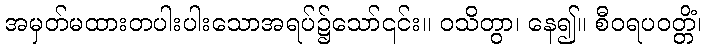
အမှတ်မထားတပါးပါးသောအရပ်၌သော်၎င်း။ ဝသိတွာ၊ နေ၍။ စီဝရပဝတ္တိံ၊